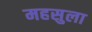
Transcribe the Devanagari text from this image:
महसुला